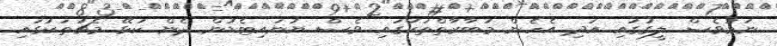
ނަމަވެސް ލީގުގައި އަދި އެހެން މުބާރާތްތަކުގައި ވެސް ޔުނައިޓެޑުން ދެން ކުޅޭ މެޗުތަކުގައި